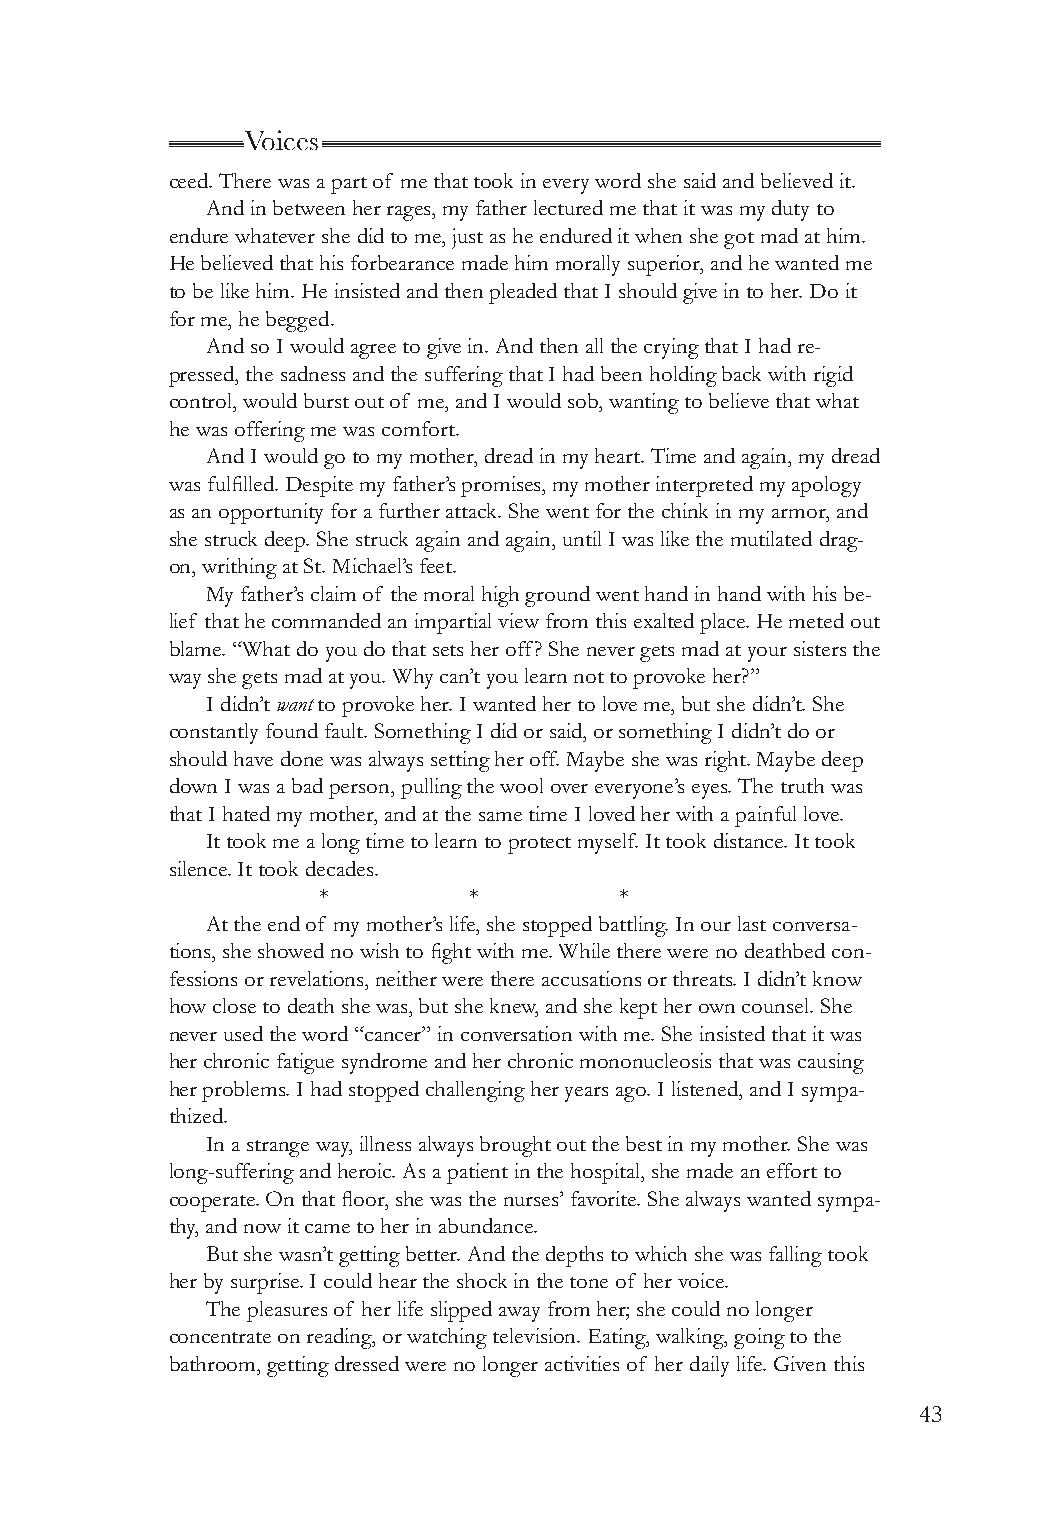
Voices
 ceed. There was a part of me that took in every word she said and believed it.
 And in between her rages, my father lectured me that it was my duty to
 endure whatever she did to me, just as he endured it when she got mad at him.
 He believed that his forbearance made him morally superior, and he wanted me
 to be like him. He insisted and then pleaded that I should give in to her. Do it
 for me, he begged.
 And so I would agree to give in. And then all the crying that I had re-
 pressed, the sadness and the suffering that I had been holding back with rigid
 control, would burst out of me, and I would sob, wanting to believe that what
 he was offering me was comfort.
 And I would go to my mother, dread in my heart. Time and again, my dread
 was fulfilled. Despite my father’s promises, my mother interpreted my apology
 as an opportunity for a further attack. She went for the chink in my armor, and
 she struck deep. She struck again and again, until I was like the mutilated drag-
 on, writhing at St. Michael’s feet.
 My father’s claim of the moral high ground went hand in hand with his be-
 lief that he commanded an impartial view from this exalted place. He meted out
 blame. “What do you do that sets her off? She never gets mad at your sisters the
 way she gets mad at you. Why can’t you learn not to provoke her?”
 I didn’t want to provoke her. I wanted her to love me, but she didn’t. She
 constantly found fault. Something I did or said, or something I didn’t do or
 should have done was always setting her off. Maybe she was right. Maybe deep
 down I was a bad person, pulling the wool over everyone’s eyes. The truth was
 that I hated my mother, and at the same time I loved her with a painful love.
 It took me a long time to learn to protect myself. It took distance. It took
 silence. It took decades.
 *         *         *
 At the end of my mother’s life, she stopped battling. In our last conversa-
 tions, she showed no wish to fight with me. While there were no deathbed con-
 fessions or revelations, neither were there accusations or threats. I didn’t know
 how close to death she was, but she knew, and she kept her own counsel. She
 never used the word “cancer” in conversation with me. She insisted that it was
 her chronic fatigue syndrome and her chronic mononucleosis that was causing
 her problems. I had stopped challenging her years ago. I listened, and I sympa-
 thized.
 In a strange way, illness always brought out the best in my mother. She was
 long-suffering and heroic. As a patient in the hospital, she made an effort to
 cooperate. On that floor, she was the nurses’ favorite. She always wanted sympa-
 thy, and now it came to her in abundance.
 But she wasn’t getting better. And the depths to which she was falling took
 her by surprise. I could hear the shock in the tone of her voice.
 The pleasures of her life slipped away from her; she could no longer
 concentrate on reading, or watching television. Eating, walking, going to the
 bathroom, getting dressed were no longer activities of her daily life. Given this
 43